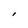
Character: 1